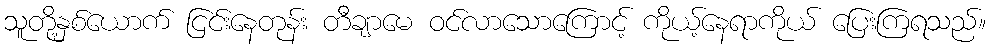
သူတို့နှစ်ယောက် ငြင်းနေတုန်း တီချာမေ ဝင်လာသောကြောင့် ကိုယ့်နေရာကိုယ် ပြေးကြရသည်။